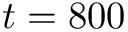
t = 8 0 0